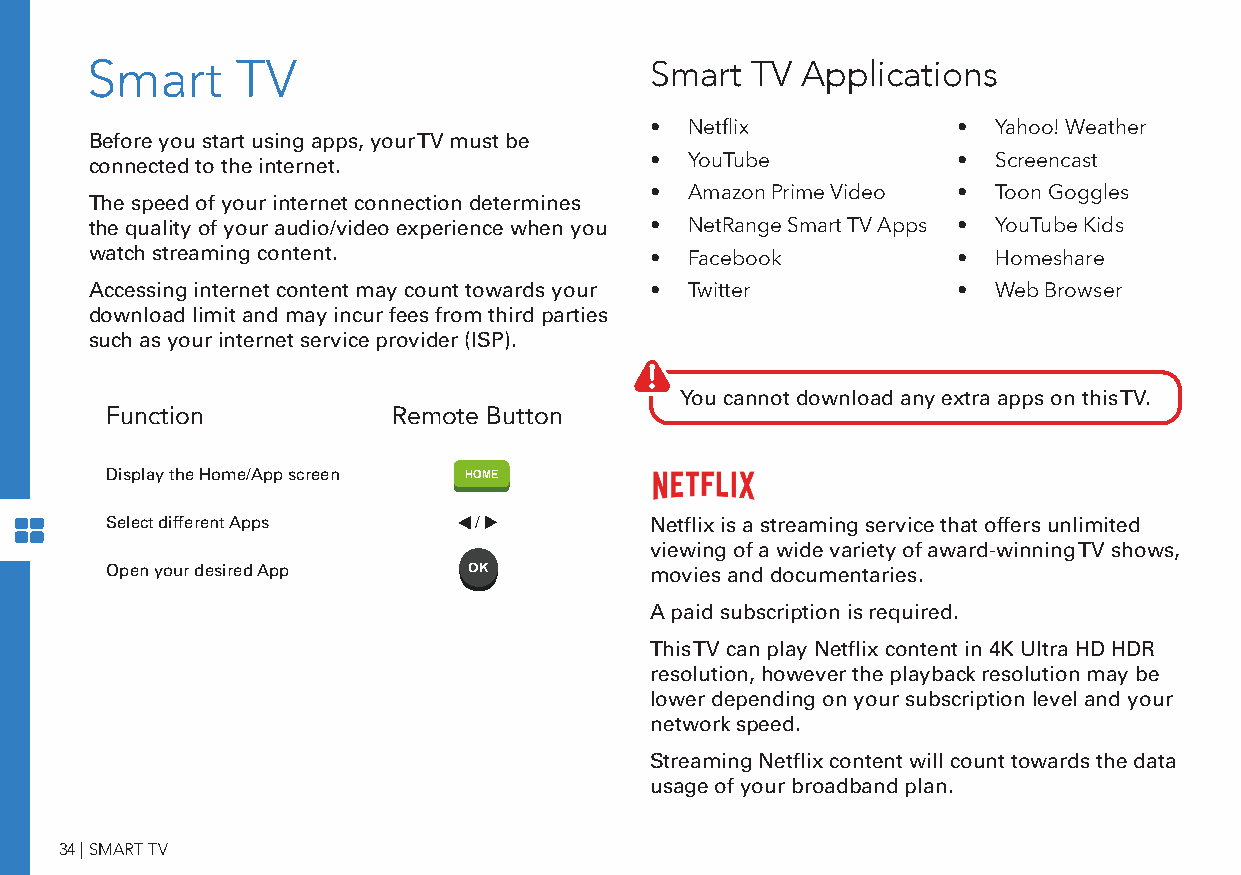
Smart     TV                         Smart  TV Applications
 • Netflix           •  Yahoo! Weather
 Before you start using apps, your TV must be
 • YouTube           •  Screencast
 connected to the internet.
 • Amazon Prime Video • Toon Goggles
 The speed of your internet connection determines
 the quality of your audio/video experience when you • NetRange Smart TV Apps • YouTube Kids
 watch streaming content.             • Facebook          •  Homeshare
 Accessing internet content may count towards your • Twitter • Web Browser
 download limit and may incur fees from third parties
 such as your internet service provider (ISP).
 You cannot download any extra apps on this TV.
 Function           Remote Button
 Display the Home/App screen HOME
 Select different Apps   /           Netflix is a streaming service that offers unlimited
 viewing of a wide variety of award-winning TV shows,
 Open your desired App               movies and documentaries.
 A paid subscription is required.
 This TV can play Netflix content in 4K Ultra HD HDR
 resolution, however the playback resolution may be
 lower depending on your subscription level and your
 network speed.
 Streaming Netflix content will count towards the data
 usage of your broadband plan.
 34 | SMART TV